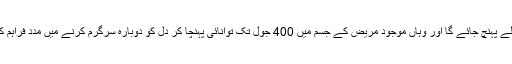
یہ ڈرون مصروف ترین علاقوں میں ایمبولینس سے پہلے پہنچ جائے گا اور وہاں موجود مریض کے جسم میں 400 جول تک توانائی پہنچا کر دل کو دوبارہ سرگرم کرنے میں مدد فراہم کر سکتا ہے اور اس عمل کو ڈی فلبریشن کہا جاتا ہے۔